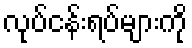
လုပ်ငန်းရပ်များကို